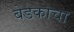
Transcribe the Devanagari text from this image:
बेडकाचा